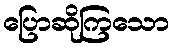
ပြောဆိုကြသော